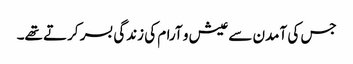
جس کی آمدن سے عیش و آرام کی زندگی بسر کرتے تھے۔